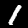
Label: 1